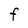
Character: F